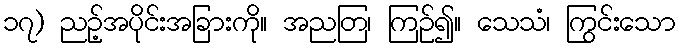
၁၇) ညဉ့်အပိုင်းအခြားကို။ အညတြ၊ ကြဉ်၍။ သေသံ၊ ကြွင်းသော